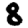
Digit: 8